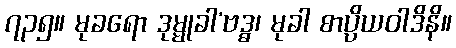
၇၃၅။ မုခရော ဒုမ္မုခါ’ဗဒ္ဓ၊ မုခါ စာပ္ပိယဝါဒိနိ။